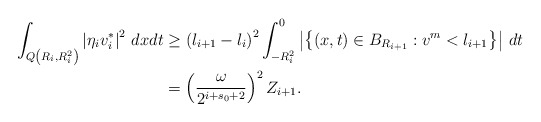
\begin{align*}\begin{aligned}\int_{Q\left(R_i,R_i^2\right)}\left|\eta_iv^{\ast}_i\right|^2\,dxdt&\geq \left(l_{i+1}-l_i\right)^2\int_{-R_i^2}^0\left|\left\{(x,t)\in B_{R_{i+1}}:v^m<l_{i+1}\right\}\right|\,dt\\&=\left(\frac{\omega}{2^{i+s_0+2}}\right)^2Z_{i+1}.\end{aligned}\end{align*}